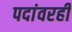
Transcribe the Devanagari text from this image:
पदांवरही